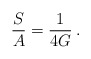
\begin{align*}\frac{S}{A} = \frac{1}{4G} \>.\end{align*}